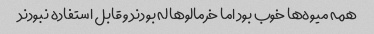
همه میوه‌ها خوب بود اما خرمالوها له بودند و قابل استفاده نبودند